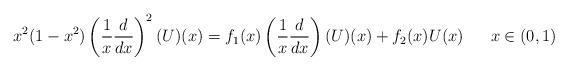
LaTeX: \begin{align*}x^2(1-x^2)\left(\frac{1}{x}\frac{d}{dx}\right)^2(U)(x)=f_1(x)\left(\frac{1}{x}\frac{d}{dx}\right)(U)(x)+f_2(x)U(x)~~~~~ x\in(0,1)\end{align*}